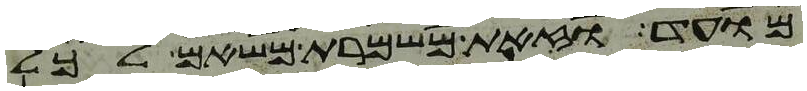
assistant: מועד וזאת משמרת משאם לכל